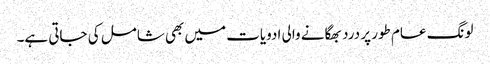
لونگ عام طور پر درد بھگانے والی ادویات میں بھی شامل کی جاتی ہے۔